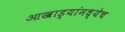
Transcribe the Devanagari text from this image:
आखाड्यांमध्येच